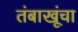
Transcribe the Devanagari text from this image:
तंबाखूंचा